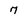
Character: 7